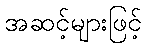
အဆင့်များဖြင့်